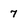
Character: 7